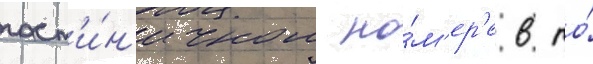
гост'и́н'ичном но́м'ер'е в то́